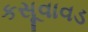
કસૂવાવડ